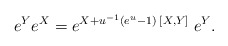
\begin{align*}e^Y e^X = e^{X + u^{-1} (e^{u}-1)\;[X,Y]} \;e^Y.\end{align*}